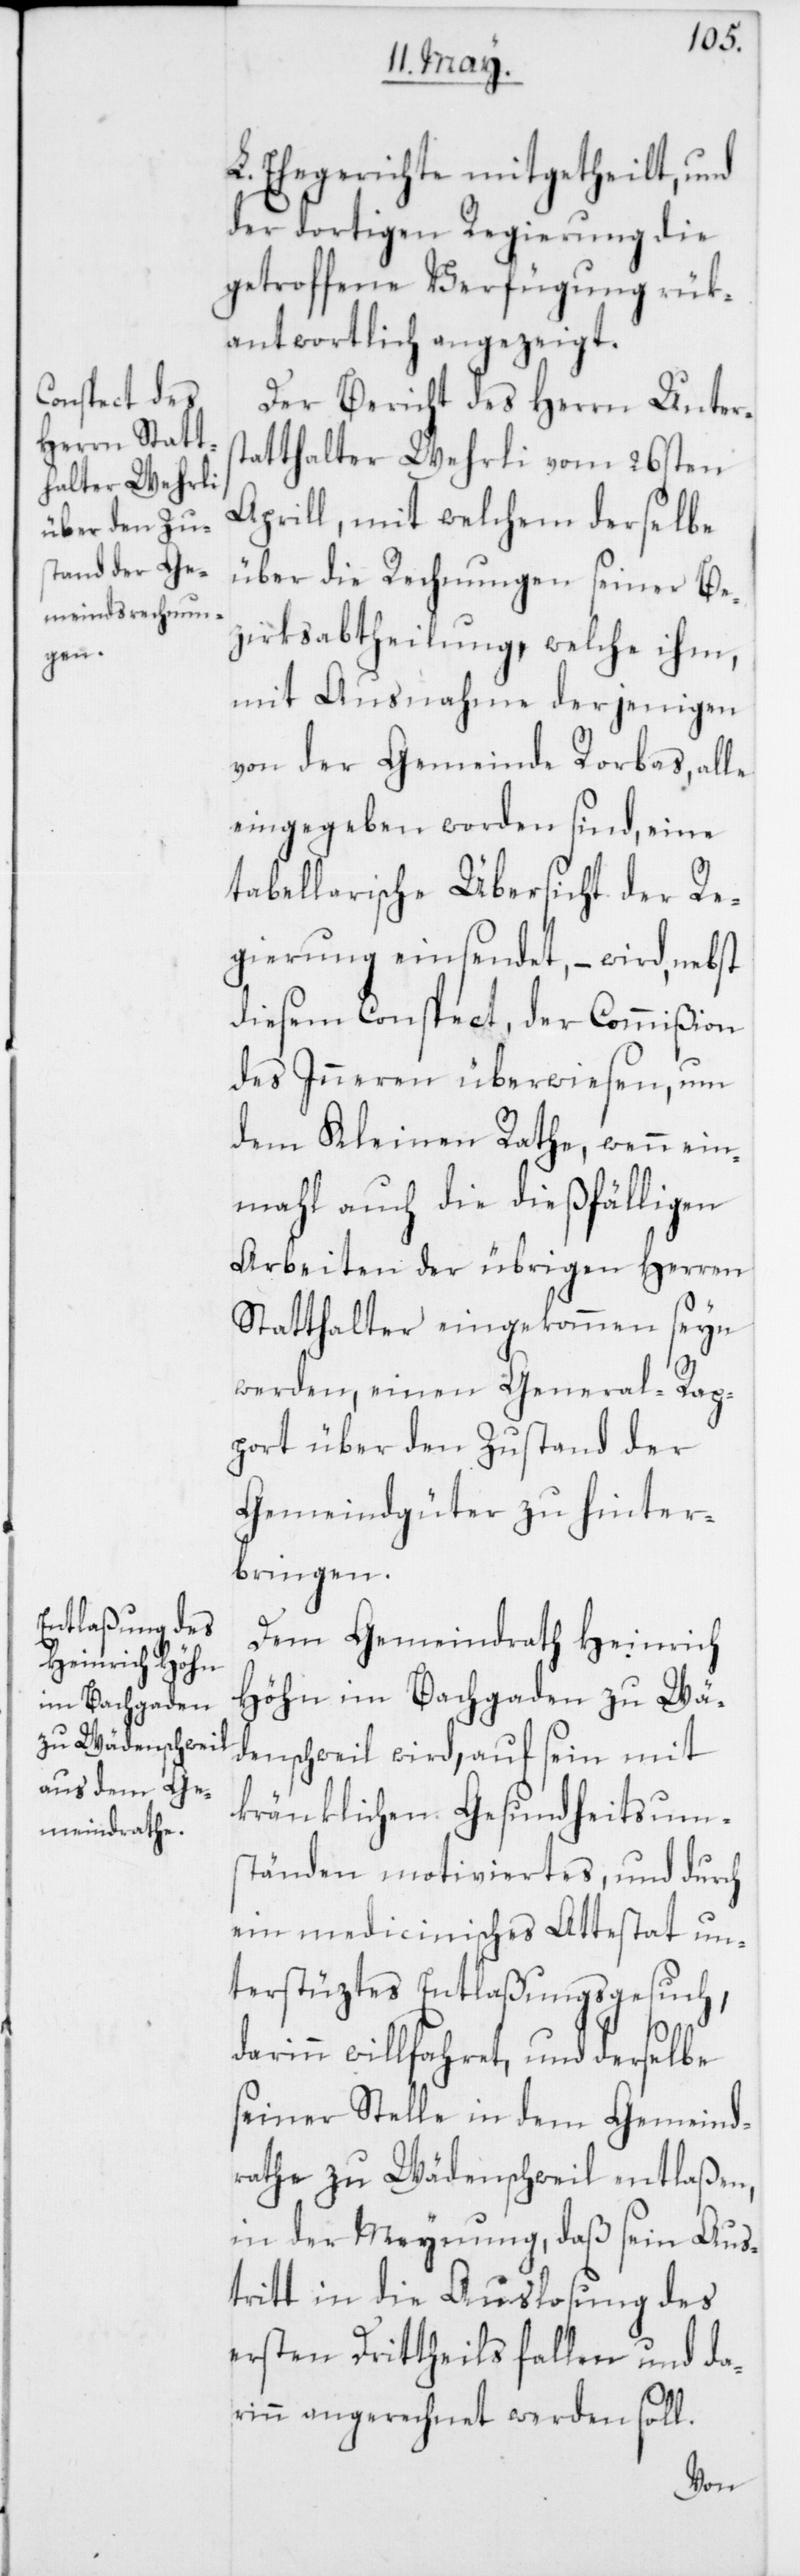
L. Ehegerichte mitgetheilt, und
der dortigen Regierung die
getroffene Verfügung rük¬
antwortlich angezeigt.
Der Bericht des Herrn Unters¬
tatthalter Wehrli vom 26sten
Aprill, mit welchem derselbe
über die Rechnungen seiner Be¬
zirksabtheilung, welche ihm,
mit Ausnahme derjenigen
von der Gemeinde Rorbas, alle
eingegeben worden sind, eine
tabellarische Übersicht der Re¬
gierung einsendet, – wird, nebst
diesem Conspect, der Commißion
des Inneren überwiesen, um
dem Kleinen Rathe, wenn ein¬
mahl auch die dießfälligen
Arbeiten der übrigen Herren
Statthalter eingekommen seyn
werden, einen General-Rap¬
port über den Zustand der
Gemeindgüter zu hinter¬
bringen.
Dem Gemeindrath Heinrich
Höhn im Bachgaden zu Wä¬
denschweil wird, auf sein mit
kränklichen Gesundheitsum¬
ständen motiviertes, und durch
ein medicinisches Attestat un¬
terstüztes Entlaßungsgesuch,
darinn willfahret und derselbe
seiner Stelle in dem Gemeind¬
rathe zu Wädenschweil entlaßen,
in der Meynung, daß sein Aus¬
tritt in die Auslosung des
ersten Drittheil fallen und da¬
rinn angerechnet werden soll.